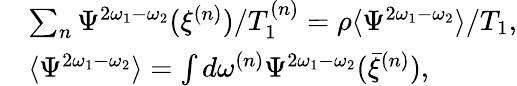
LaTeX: \begin{array}{rl}&{\sum_{n}\Psi^{2\omega_{1}-\omega_{2}}(\xi^{(n)})/T_{1}^{(n)}=\rho\langle\Psi^{2\omega_{1}-\omega_{2}}\rangle/T_{1},}\\ &{\langle\Psi^{2\omega_{1}-\omega_{2}}\rangle=\int d\omega^{(n)}\Psi^{2\omega_{1}-\omega_{2}}(\bar{\xi}^{(n)}),}\end{array}